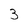
Character: 3